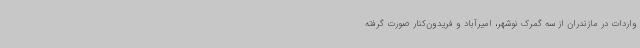
واردات در مازندران از سه گمرک نوشهر، امیرآباد و فریدون‌کنار صورت گرفته